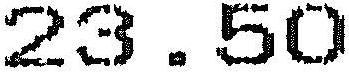
23.50